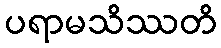
ပရာမသိဿတိ